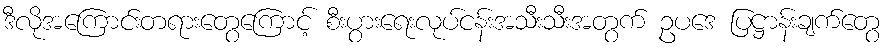
ဒီလိုအကြောင်းတရားတွေကြောင့် စီးပွားရေးလုပ်ငန်းအသီးသီးအတွက် ဥပဒေ ပြဋ္ဌာန်းချက်တွေ